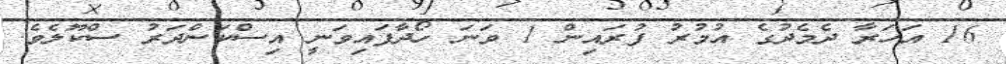
16 އަހަރާ ދެމެދުގެ އުމުރު ފުރައިން 1 ވަނަ ހޯދާފައިވަނީ އިސްކަންދަރު ސްކޫލެވެ.